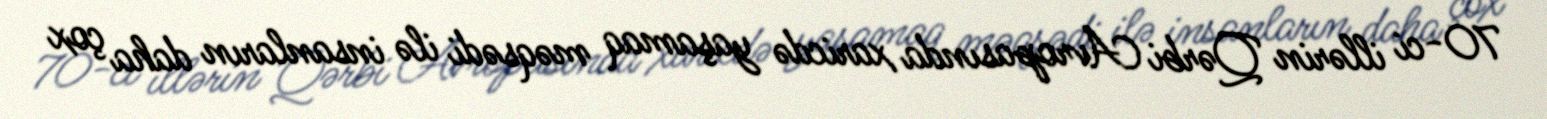
70-ci illərin Qərbi Avropasında xaricdə yaşamaq məqsədi ilə insanların daha çox